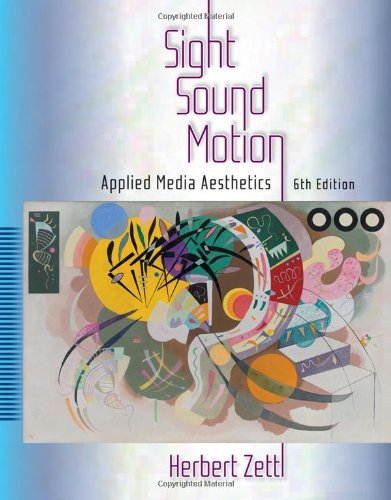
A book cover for Sight, Sound, Motion: Applied Media Aesthetics (Wadsworth Series in Broadcast and Production); Herbert Zettl; Humor & Entertainment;